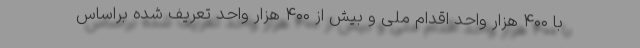
با ۴۰۰ هزار واحد اقدام ملی و بیش از ۴۰۰ هزار واحد تعریف شده براساس